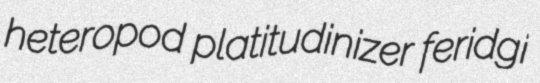
heteropod platitudinizer feridgi